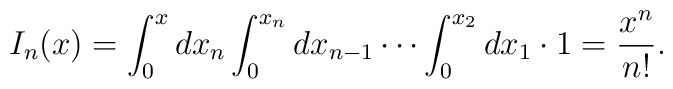
I_n(x)=\int_0^xdx_n\int_0^{x_n}dx_{n-1}\cdots\int_0^{x_2}dx_1\cdot1=\frac{x^n}{n!}.